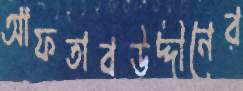
আফতাবউদ্দীনের